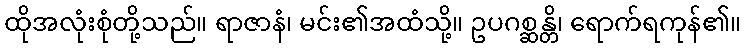
ထိုအလုံးစုံတို့သည်။ ရာဇာနံ၊ မင်း၏အထံသို့။ ဥပဂစ္ဆန္တိ၊ ရောက်ရကုန်၏။